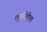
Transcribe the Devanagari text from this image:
लुइज़िऐना